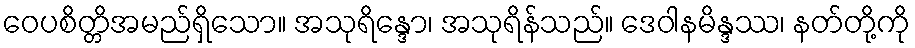
ဝေပစိတ္တိအမည်ရှိသော။ အသုရိန္ဒော၊ အသုရိန်သည်။ ဒေဝါနမိန္ဒဿ၊ နတ်တို့ကို